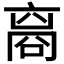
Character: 𬽘